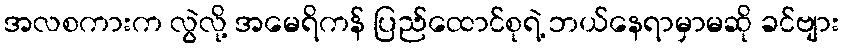
အလစကားက လွဲလို့ အမေရိကန် ပြည်ထောင်စုရဲ့ ဘယ်နေရာမှာမဆို ခင်ဗျား